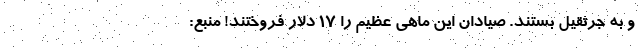
و به جرثقیل بستند. صیادان این ماهی عظیم را 17 دلار فروختند! منبع: